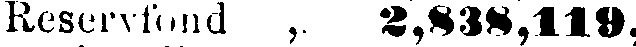
Reservfond , 2,838,119,